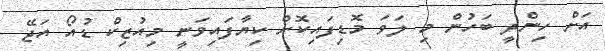
އަށް ހިންދީ ބަހުން މި ލަވަ މޮޑިފައިކޮށް ކިޔާފައިވަނީ މިއުޒިކް ޑުއޯ އަޖޭ